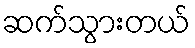
ဆက်သွားတယ်